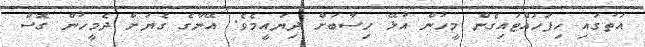
އަތުގައި ހިފަހައްޓައިގެން މީހުން އުޅޭ ހިސާބަށް ދިޔައީމެވެ. އޭނާގެ ގެޔަށް ދެމީހުން ގޮސް